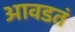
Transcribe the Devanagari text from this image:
आवडतं